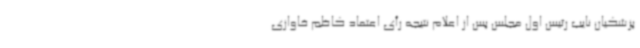
پزشکیان نایب رئیس اول مجلس پس از اعلام نتیجه رأی اعتماد کاظم خاوازی